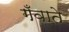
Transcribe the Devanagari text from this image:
गँवाते